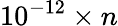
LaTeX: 10^{-12}\times n